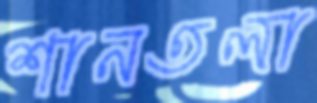
শানতলা